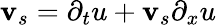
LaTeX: \mathbf{v}_{s}=\partial_{t}u+\mathbf{v}_{s}\partial_{x}u